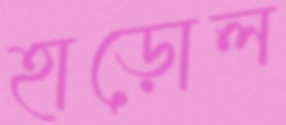
হাড়োল